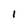
Character: l